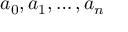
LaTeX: a _ { 0 } , a _ { 1 } , \ldots , a _ { n }